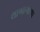
લાબાગાળા